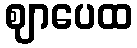
ဈာပေထ